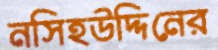
নসিহউদ্দিনের